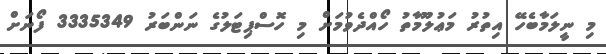
މި ނީލަމާބެހޭ އިތުރު މަޢުލޫމާތު ހޯއްދެވުމަށް މި ހޮސްޕިޓަލުގެ ނަންބަރު 3335349 ފޯނަށް